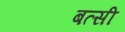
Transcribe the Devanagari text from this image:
बत्सी